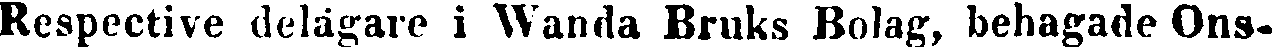
Respective delägare i Wanda Bruks Bolag, behagade Ons-